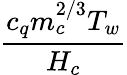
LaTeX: \frac{c_{q}m_{c}^{2/3}T_{w}}{H_{c}}